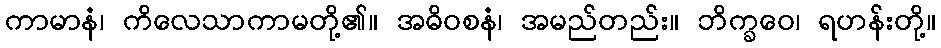
ကာမာနံ၊ ကိလေသာကာမတို့၏။ အဓိဝစနံ၊ အမည်တည်း။ ဘိက္ခဝေ၊ ရဟန်းတို့။